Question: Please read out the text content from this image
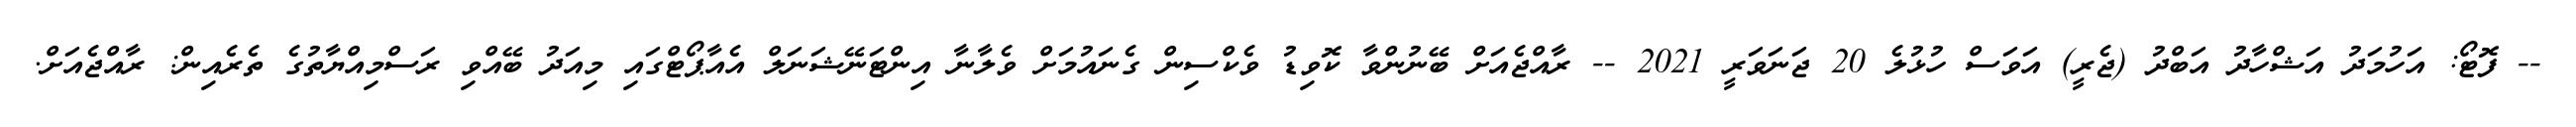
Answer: -- ފޮޓޯ: އަހުމަދު އަޝްހާދު އަބްދު (ޖެރީ) އަވަސް ހުޅުލެ 20 ޖަނަވަރީ 2021 -- ރާއްޖެއަށް ބޭނުންވާ ކޮވިޑު ވެކްސިން ގެނައުމަށް ވެލާނާ އިންޓަނޭޝަނަލް އެއާޕޯޓްގައި މިއަދު ބޭއްވި ރަސްމިއްޔާތުގެ ތެރެއިން: ރާއްޖެއަށް.